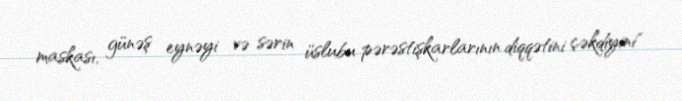
maskası, günəş eynəyi və sərin üslubu pərəstişkarlarının diqqətini çəkdiyini"